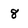
Character: 8